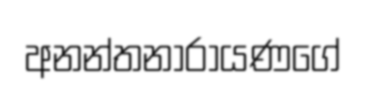
අනන්තනාරායණගේ